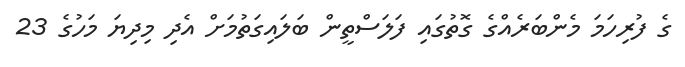
ގެ ފުރިހަމަ މެންބަރެއްގެ ގޮތުގައި ފަލަސްތީން ބަލައިގަތުމަށް އެދި މިދިޔަ މަހުގެ 23